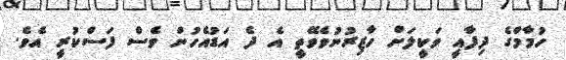
ހުމާމްގެ ދިފާއީ ވަކީލަށް ހާޒިރުނުވެވޭތީ އެ ދެ އަޑުއެހުން ވެސް ފަސްކުރީ އެވެ.